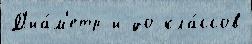
Д'иа́м'етр и до кла́ссов